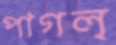
পাগল্